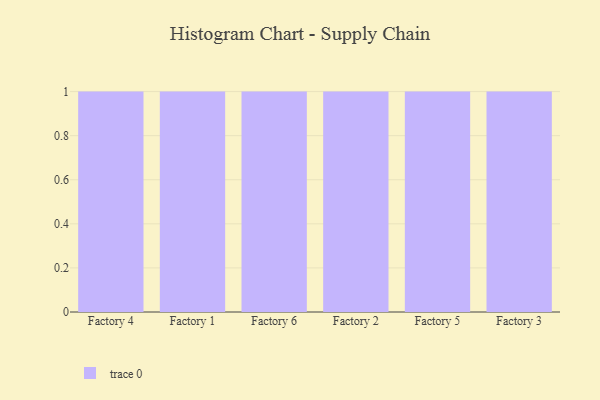
{"axis": {"x": "Factory", "y": "Active Users"}, "legend": [""], "data": [{"x": "Factory 4", "y": 49, "type": ""}, {"x": "Factory 1", "y": 61, "type": ""}, {"x": "Factory 6", "y": 30, "type": ""}, {"x": "Factory 2", "y": 57, "type": ""}, {"x": "Factory 5", "y": 49, "type": ""}, {"x": "Factory 3", "y": 86, "type": ""}]}